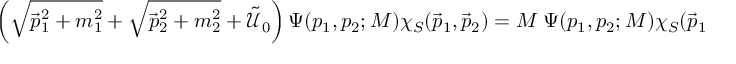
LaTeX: \left( \sqrt { \vec { p } _ { 1 } ^ { 2 } + m _ { 1 } ^ { 2 } } + \sqrt { \vec { p } _ { 2 } ^ { 2 } + m _ { 2 } ^ { 2 } } + \tilde { \mathcal U } _ { 0 } \right) \Psi ( p _ { 1 } , p _ { 2 } ; M ) \chi _ { S } ( \vec { p } _ { 1 } , \vec { p } _ { 2 } ) = M ~ \Psi ( p _ { 1 } , p _ { 2 } ; M ) \chi _ { S } ( \vec { p } _ { 1 } , \vec { p } _ { 2 } )